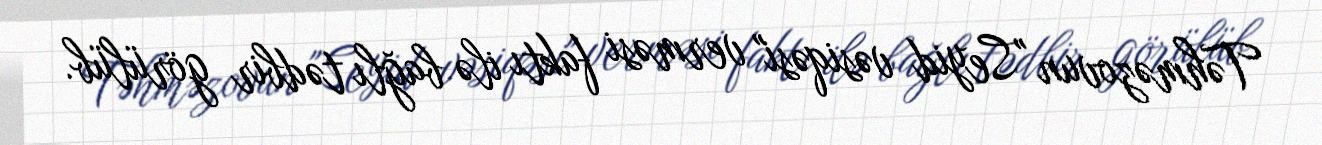
Təhməzovun "Seyid vəsiqəsi" verməsi faktı ilə bağlı tədbir görülüb.